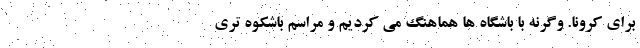
برای کرونا. وگرنه با باشگاه ها هماهنگ می کردیم و مراسم باشکوه تری